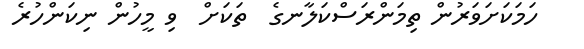
ހަމަކަށަވަރުން ތިމަންރަސްކަލާނގެ  ތަކަށް  ވި މީހުން ނިކަންހުރެ